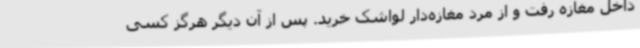
داخل مغازه رفت و از مرد مغازه‌دار لواشک خرید. پس از آن دیگر هرگز کسی